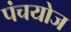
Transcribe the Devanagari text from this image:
पंचयोज